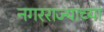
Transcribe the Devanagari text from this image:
नगरराज्याच्या